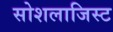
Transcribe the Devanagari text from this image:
सोशलाजिस्ट